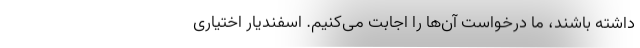
داشته باشند، ما درخواست آن‌ها را اجابت می‌کنیم. اسفندیار اختیاری